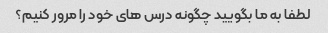
لطفا به ما بگویید چگونه درس های خود را مرور کنیم؟